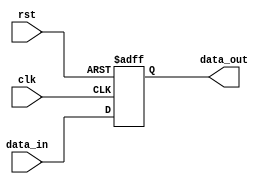
module PC (
    input clk, //Clock signal. Input when posedge.
    input rst,      // HI to reset.
    input [31:0] data_in, //Data to input.
    output [31:0] data_out //Data to output.
);
    reg [31:0]rom;
    assign data_out =  rom ;
    always @(negedge clk or posedge rst)
        if (rst)
            rom <= 32'h0040_0000;
        else
            rom <= data_in;
endmodule